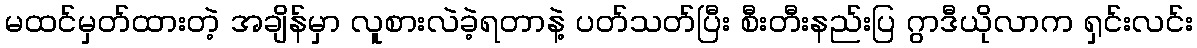
မထင်မှတ်ထားတဲ့ အချိန်မှာ လူစားလဲခဲ့ရတာနဲ့ ပတ်သတ်ပြီး စီးတီးနည်းပြ ဂွာဒီယိုလာက ရှင်းလင်း